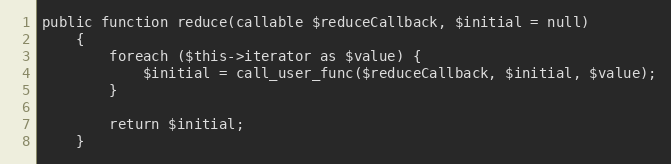
Language: PHP
public function reduce(callable $reduceCallback, $initial = null)
    {
        foreach ($this->iterator as $value) {
            $initial = call_user_func($reduceCallback, $initial, $value);
        }

        return $initial;
    }